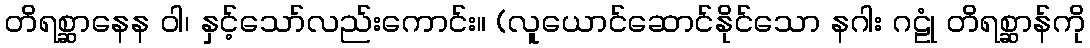
တိရစ္ဆာနေန ဝါ၊ နှင့်သော်လည်းကောင်း။ (လူယောင်ဆောင်နိုင်သော နဂါး ဂဠုံ တိရစ္ဆာန်ကို